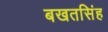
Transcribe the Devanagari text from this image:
बखतसिंह